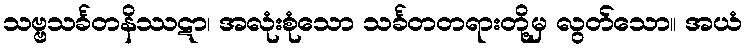
သဗ္ဗသင်္ခတနိဿဋာ၊ အလုံးစုံသော သင်္ခတတရားတို့မှ လွတ်သော။ အယံ